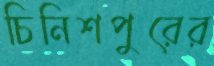
চিনিশপুরের